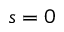
s = 0